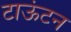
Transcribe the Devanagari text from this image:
टाऊंटन